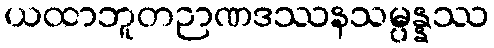
ယထာဘူတဉာဏဒဿနသမ္ပန္နဿ